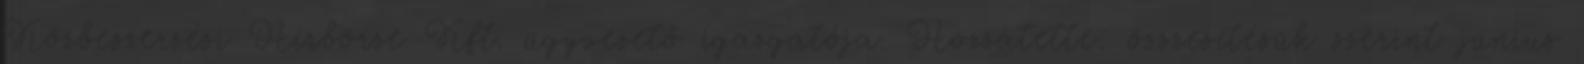
Közbeszerzési Hírbörze Kft. ügyvezető igazgatója. Hozzátette: összesítésük szerint június